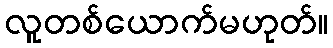
လူတစ်ယောက်မဟုတ်။